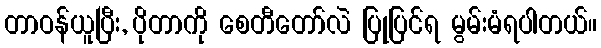
တာဝန်ယူပြီး, ပိုတာကို စေတီတော်လဲ ပြုပြင်ရ မွမ်းမံရပါတယ်။